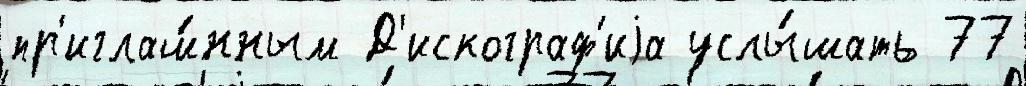
пр'иглаш́нным Д'искограф'иjа услы́шать 77